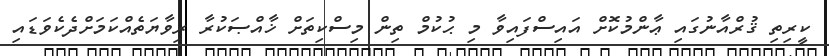
ކީރިތި ޤުރްއާނުގައި ޢާންމުކޮށް އައިސްފައިވާ މި ޙުކުމް ތިން މިސްކިތަށް ޚާއްޞަކުރާ ރިވާޔަތެއްކަމަށްދެކެވަޑައި